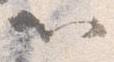
以